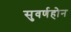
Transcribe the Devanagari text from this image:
सुवर्णहोन